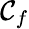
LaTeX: \mathcal{C}_{f}